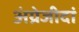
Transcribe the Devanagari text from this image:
अंग्रेजीदां